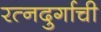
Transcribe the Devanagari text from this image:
रत्‍नदुर्गाची